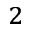
^ { 2 }